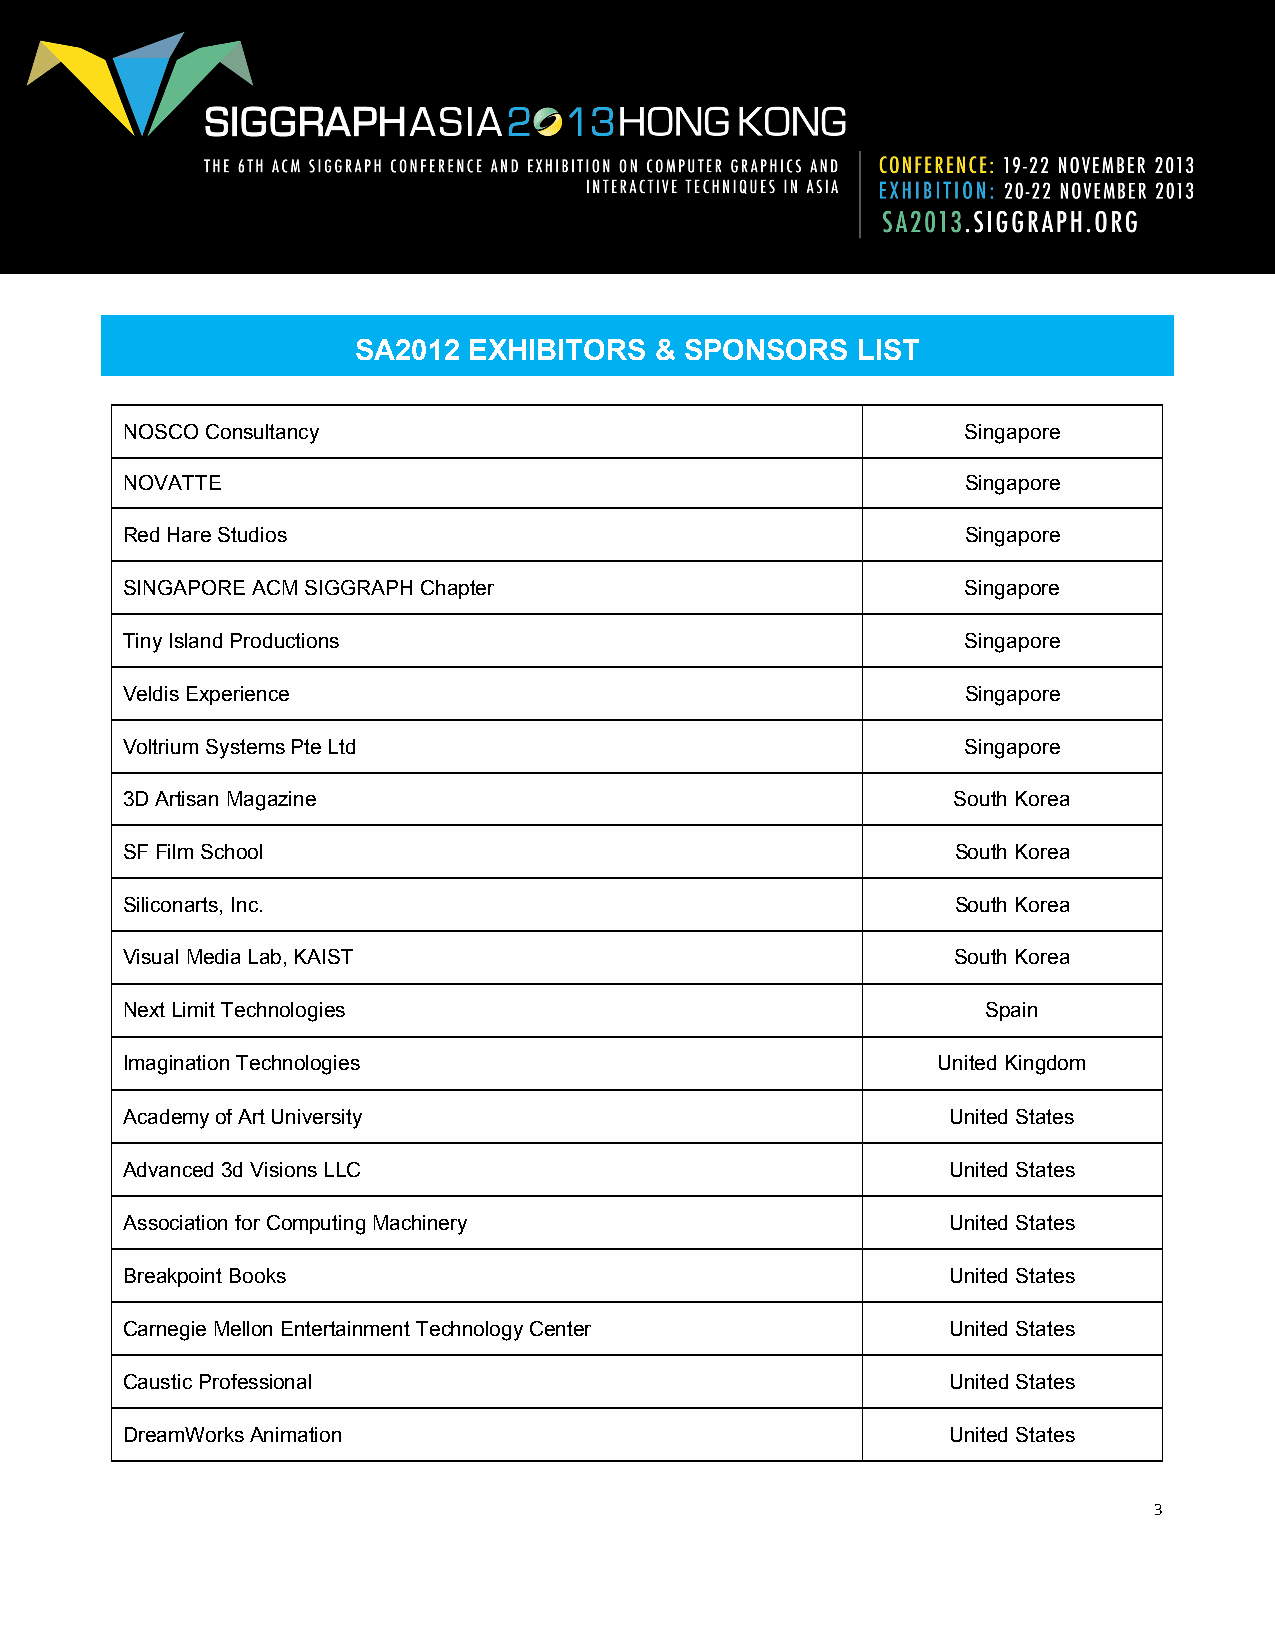
SA2012  EXHIBITORS  & SPONSORS    LIST
 NOSCO Consultancy                                       Singapore
 NOVATTE                                                 Singapore
 Red Hare Studios                                        Singapore
 SINGAPORE ACM SIGGRAPH Chapter                          Singapore
 Tiny Island Productions                                 Singapore
 Veldis Experience                                       Singapore
 Voltrium Systems Pte Ltd                                Singapore
 3D Artisan Magazine                                    South Korea
 SF Film School                                         South Korea
 Siliconarts, Inc.                                      South Korea
 Visual Media Lab, KAIST                                South Korea
 Next Limit Technologies                                  Spain
 Imagination Technologies                              United Kingdom
 Academy of Art University                              United States
 Advanced 3d Visions LLC                                United States
 Association for Computing Machinery                    United States
 Breakpoint Books                                       United States
 Carnegie Mellon Entertainment Technology Center        United States
 Caustic Professional                                   United States
 DreamWorks Animation                                   United States
 3